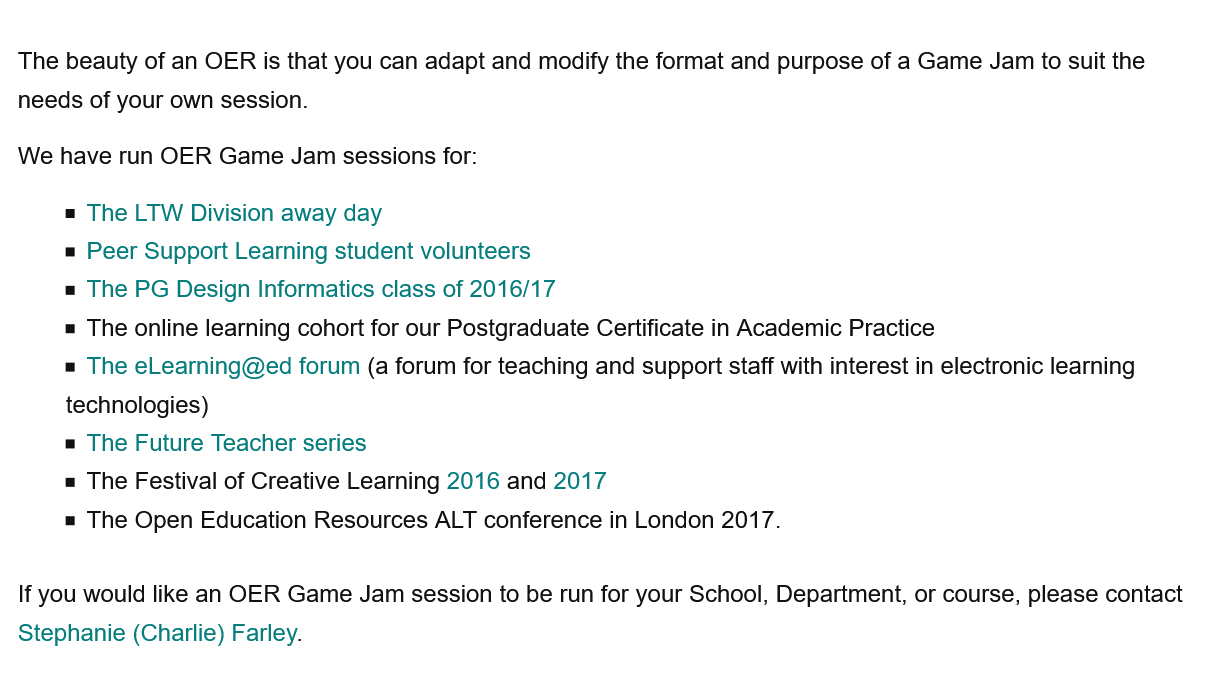
The beauty of an OER is that you can adapt and modify the format and purpose of a Game Jam to suit the
  needs of your own session.
  We have run OER Game Jam sessions for:
     = The LTW Division away day
     = Peer Support Learning student volunteers
     = The PG Design Informatics class of 2016/17
     = The online learning cohort for our Postgraduate Certificate in Academic Practice
     = The eLearning@ed forum (a forum for teaching and support staff with interest in electronic learning
     technologies)
     = The Future Teacher series
     = The Festival of Creative Learning 2016 and 2017
     = The Open Education Resources ALT conference in London 2017.
  If you would like an OER Game Jam session to be run for your School, Department, or course, please contact
  Stephanie (Charlie) Farley.